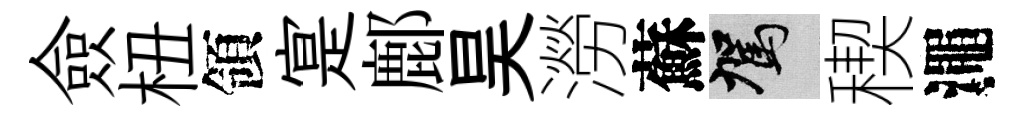
僉杻領寔鄜昊澇蘇駕稧澠